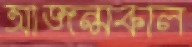
আজন্মকাল